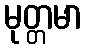
မုတ္တမာ